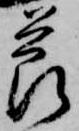
節